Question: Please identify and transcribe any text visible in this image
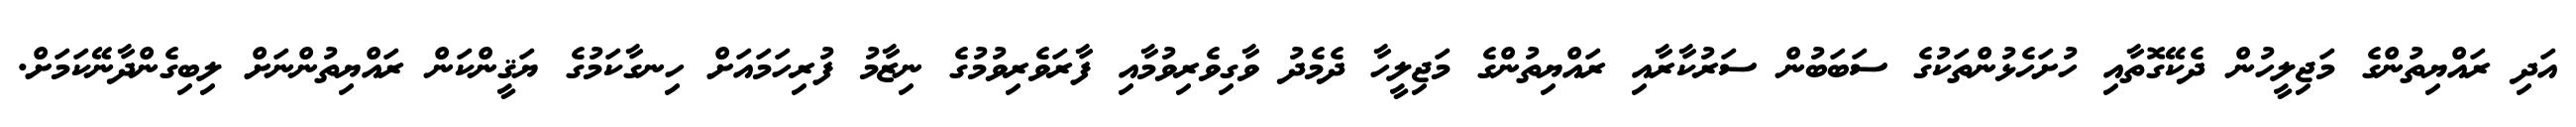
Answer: އަދި ރައްޔިތުންގެ މަޖިލީހުން ދެކޭގޮތާއި ހުށަހެޅުންތަކުގެ ސަބަބުން ސަރުކާރާއި ރައްޔިތުންގެ މަޖިލީހާ ދެމެދު ވާގިވެރިވުމާއި ފާރަވެރިވުމުގެ ނިޒާމު ފުރިހަމައަށް ހިނގާކަމުގެ ޔަޤީންކަން ރައްޔިތުންނަށް ލިބިގެންދާނޭކަމަށް.